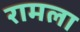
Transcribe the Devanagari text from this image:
रामला